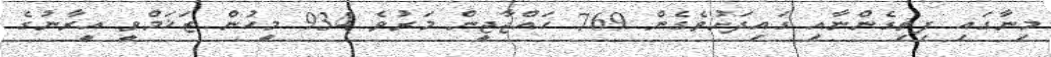
މިނާގައި ފިތިގެންނާއި ގައިދަށުވެގެން 769 ހައްޖާޖީން މަރުވެ 934 މީހުން ޒަޚަމްވީ އީރާނުގެ